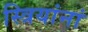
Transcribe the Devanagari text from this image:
स्त्रियांनां